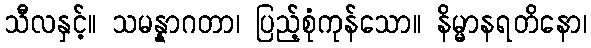
သီလနှင့်။ သမန္နာဂတာ၊ ပြည့်စုံကုန်သော။ နိမ္မာနရတိနော၊